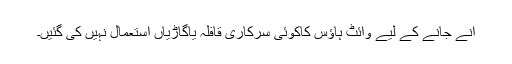
آنے جانے کے لیے وائٹ ہاؤس کاکوئی سرکاری قافلہ یاگاڑیاں استعمال نہیں کی گئیں۔